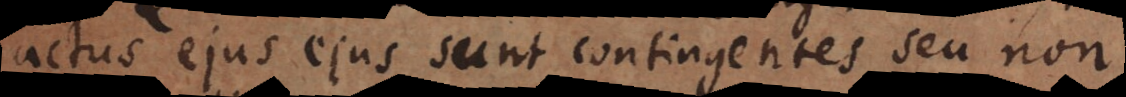
actus ejus sunt contingentes seu non